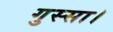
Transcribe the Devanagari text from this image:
गुस्सा।